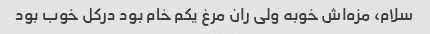
سلام، مزه‌اش خوبه ولی ران مرغ یکم خام بود درکل خوب بود